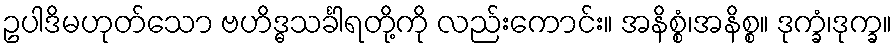
ဥပါဒိမဟုတ်သော ဗဟိဒ္ဓသင်္ခါရတို့ကို လည်းကောင်း။ အနိစ္စံ၊အနိစ္စ။ ဒုက္ခံ၊ဒုက္ခ။